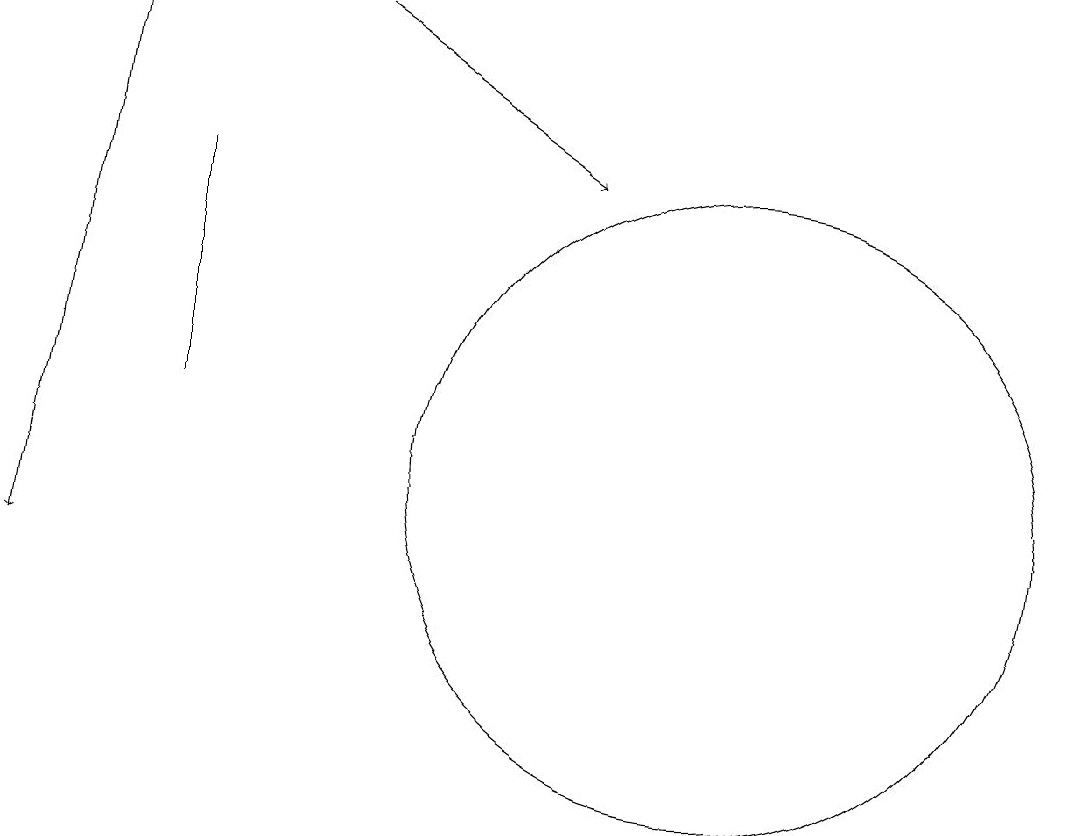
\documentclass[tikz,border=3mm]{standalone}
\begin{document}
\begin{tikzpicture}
\draw (4,16) rectangle (4,13);
\draw[->] (6,18) -- (9,16);
\draw[->] (3,18) -- (2,11);
\draw (11,12) circle (4);
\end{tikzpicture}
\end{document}